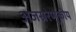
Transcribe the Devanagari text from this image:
अजस्ररेणूकीय